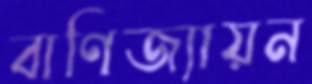
বাণিজ্যায়ন